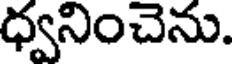
ధ్వనించెను.